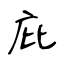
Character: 庇